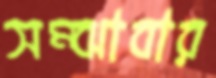
সম্‌ঝাবার